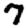
Digit: 7